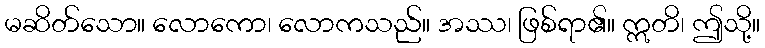
မဆိတ်သော။ လောကော၊ လောကသည်။ အဿ၊ ဖြစ်ရာ၏။ ဣတိ၊ ဤသို့။